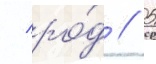
/ ро́д // 5